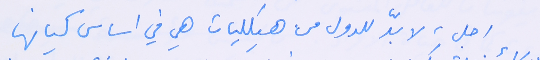
اجل، لا بدّ للدول من هيكليات هي في اساس كيانها